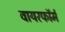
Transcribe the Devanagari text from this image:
वायरफॉर्म